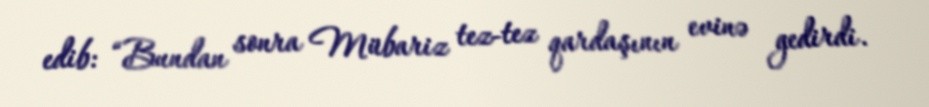
edib: “Bundan sonra Mübariz tez-tez qardaşının evinə gedirdi.